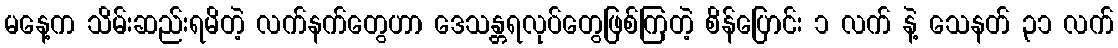
မနေ့က သိမ်းဆည်းရမိတဲ့ လက်နက်တွေဟာ ဒေသန္တရလုပ်တွေဖြစ်ကြတဲ့ စိန်ပြောင်း ၁ လက် နဲ့ သေနတ် ၃၁ လက်